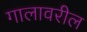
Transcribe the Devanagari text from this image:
गालावरील